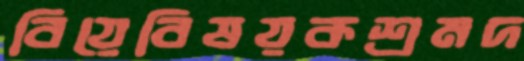
বিয়েবিষয়কশ্রমদ